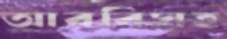
আরবিসহ